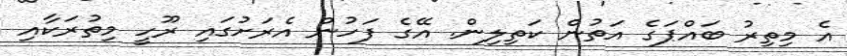
އެ މިތިރު ބައްޕަގެ އަތުން ކަތިލިން. އޭގެ ފަހުން އެރަށުގައި ރޫހީ މިތުރަކާއި